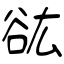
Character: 谹